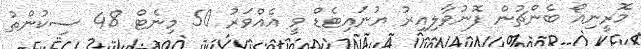
މޮރީނިއޯ ބެންޗުން ފޮނުވާލިއިރު ޔުނައިޓެޑް ވީ އެއްވަރު 50 މިނެޓް 48 ސިކުންތު